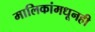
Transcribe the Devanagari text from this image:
मालिकांमधूनही